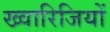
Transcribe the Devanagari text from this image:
ख्वारिजियों